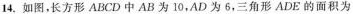
14.如图，长方形ABCD中AB为10，AD为6，三角形ADE的面积为